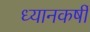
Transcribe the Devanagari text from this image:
ध्यानकर्षी